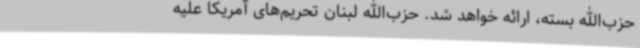
حزب‌الله بسته، ارائه خواهد شد. حزب‌الله لبنان تحریم‌های آمریکا علیه